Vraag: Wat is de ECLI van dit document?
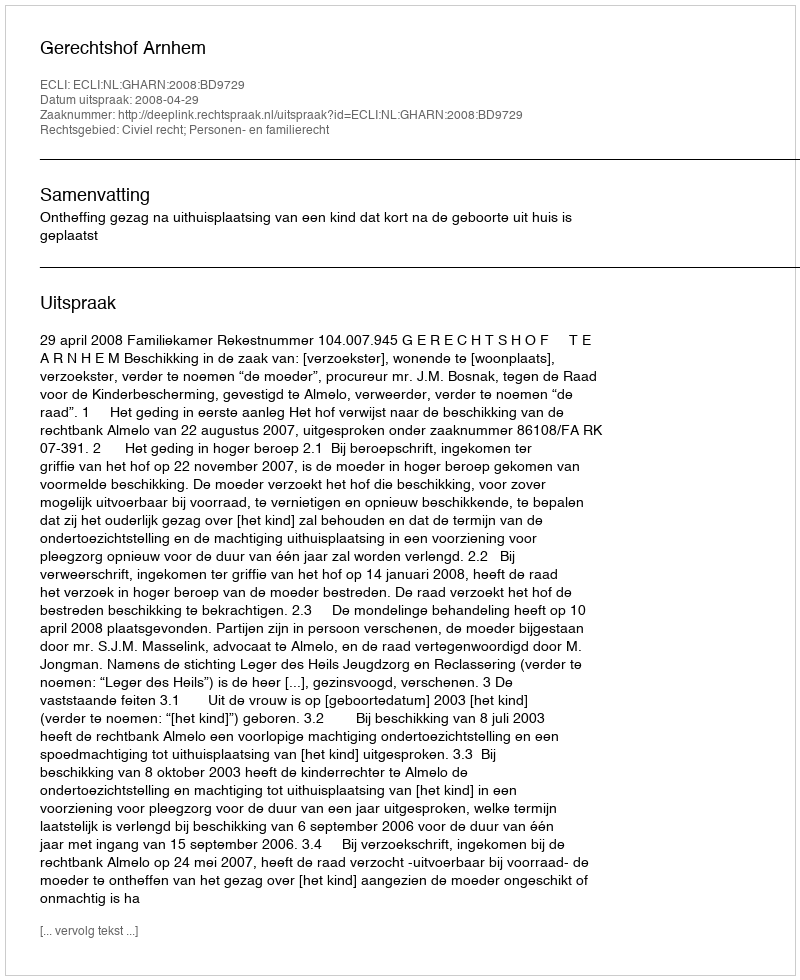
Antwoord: ECLI:NL:GHARN:2008:BD9729